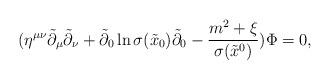
LaTeX: \begin{align*} (\eta^{\mu\nu}\tilde{\partial}_\mu\tilde{\partial}_\nu+\tilde{\partial}_0\ln\sigma(\tilde{x}_0)\tilde{\partial}_0-\frac{m^2+\xi}{\sigma(\tilde{x}^0)})\Phi=0,\end{align*}